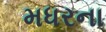
મધરના